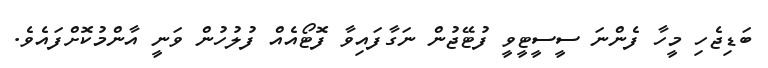
ބަޑިޖެހި މީހާ ފެންނަ ސީސީޓީވީ ފުޓޭޖުން ނަގާފައިވާ ފޮޓޯއެއް ފުލުހުން ވަނީ އާންމުކޮށްފައެވެ.